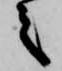
之